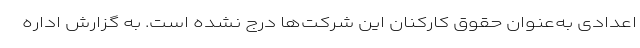
اعدادی به‌عنوان حقوق کارکنان این شرکت‌ها درج نشده است. به گزارش اداره